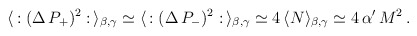
\begin{align*}\langle \, : (\Delta \, P_+)^2 : \, \rangle_{\beta , \gamma} \simeq\langle \, : (\Delta \, P_-)^2 : \, \rangle_{\beta , \gamma} \simeq 4 \, \langle N \rangle_{\beta , \gamma} \simeq 4 \, \alpha' \, M^2 \, . \end{align*}